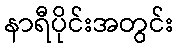
နာရီပိုင်းအတွင်း